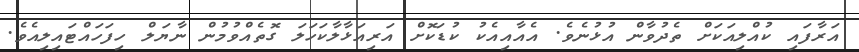
އަރާފައި ކުއްލިއަކަށް ތެދުވާން އުޅުނެވެ. އެއާއިއެކު ކުޑަކޮށް އަރިއަޅާލާކަހަލަ ގޮތެއްވުމުން ނާޔަލް ހިފަހައްޓައިލިއެވެ.